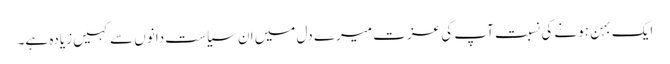
ایک بہن ہونے کی نسبت آپ کی عزت میرے دل میں ان سیاست دانوں سے کہیں زیادہ ہے۔